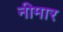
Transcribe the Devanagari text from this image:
नीमार